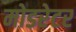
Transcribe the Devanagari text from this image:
मोडरेटर